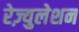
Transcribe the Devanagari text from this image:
रेज़्युलेशन